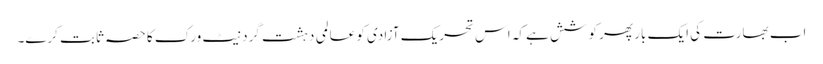
اب بھارت کی ایک بار پھر کوشش ہے کہ اس تحریکِ آزادی کو عالمی دہشت گرد نیٹ ورک کا حصہ ثابت کرے۔